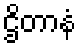
ဌိတာနံ